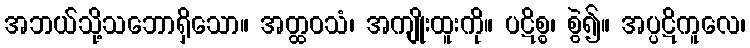
အဘယ်သို့သဘောရှိသော။ အတ္ထဝသံ၊ အကျိုးထူးကို။ ပဋိစ္စ၊ စွဲ၍။ အပ္ပဋိကူလေ၊